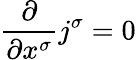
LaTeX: {\frac{\partial}{\partial x^{\sigma}}}j^{\sigma}=0